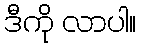
ဒီကို လာပါ။